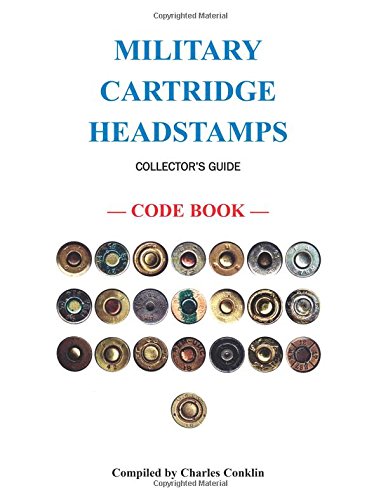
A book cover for Military Cartridge Headstamps Collectors Guide; Charles Conklin; Crafts, Hobbies & Home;